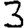
Digit: 3